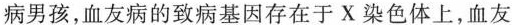
病男孩，血友病的致病基因存在于X染色体上，血友